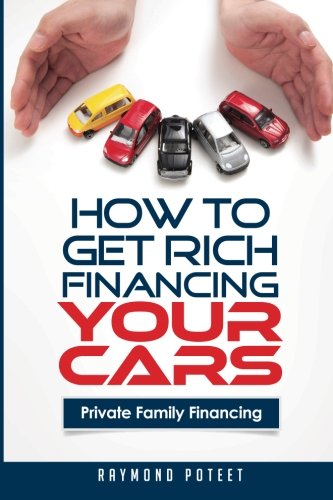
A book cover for How to Get Rich Financing Your Cars: Private Family Financing; Raymond Poteet; Engineering & Transportation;